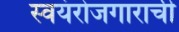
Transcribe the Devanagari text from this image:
स्वयंरोजगाराची